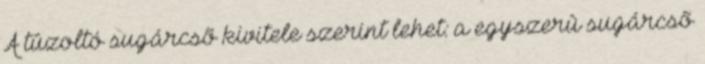
A tûzoltó sugárcsõ kivitele szerint lehet: a egyszerû sugárcsõ